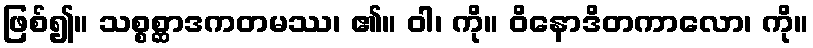
ဖြစ်၍။ သစ္စစ္ဆာဒကတမဿ၊ ၏။ ဝါ၊ ကို။ ဝိနောဒိတကာလော၊ ကို။